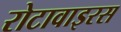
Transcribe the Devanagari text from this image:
रोटावाइरस